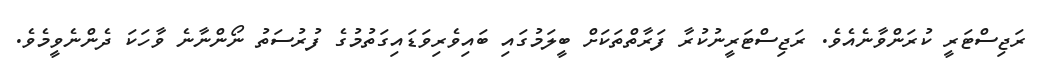
ރަޖިސްޓަރީ ކުރަންވާނެއެވެ. ރަޖިސްޓަރީނުކުރާ ފަރާތްތަކަށް ބީލަމުގައި ބައިވެރިވަޑައިގަތުމުގެ ފުރުސަތު ނޯންނާނެ ވާހަކަ ދެންނެވީމެވެ.